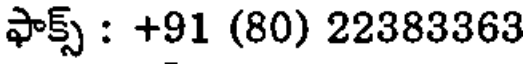
ఫాక్స్ : +91 (80) 22383363